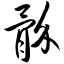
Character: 骱